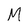
Character: M